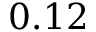
0 . 1 2